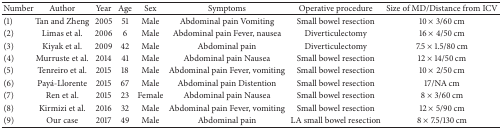
<table><thead><tr><td><b>Number</b></td><td><b>Author</b></td><td><b>Year</b></td><td><b>Age</b></td><td><b>Sex</b></td><td><b> Symptoms </b></td><td><b>Operative procedure</b></td><td><b>Size of MD/Distance from ICV</b></td></tr></thead><tbody><tr><td>(1)</td><td>Tan and Zheng</td><td>2005</td><td>51</td><td>Male</td><td>Abdominal pain Vomiting</td><td>Small bowel resection</td><td>10 × 3/60 cm</td></tr><tr><td>(2)</td><td> Limas et al.</td><td>2006</td><td>6</td><td>Male</td><td>Abdominal pain Fever, nausea</td><td>Diverticulectomy</td><td>16 × 4/50 cm</td></tr><tr><td>(3)</td><td> Kiyak et al.</td><td>2009</td><td>42</td><td>Male</td><td>Abdominal pain</td><td>Diverticulectomy</td><td>7.5 × 1.5/80 cm</td></tr><tr><td>(4)</td><td>Murruste et al.</td><td>2014</td><td>41</td><td>Male</td><td>Abdominal pain Nausea</td><td>Small bowel resection</td><td>12 × 14/50 cm</td></tr><tr><td>(5)</td><td>Tenreiro et al.</td><td>2015</td><td>18</td><td>Male</td><td>Abdominal pain Fever, vomiting</td><td>Small bowel resection</td><td>10 × 2/50 cm</td></tr><tr><td>(6)</td><td>Payá-Llorente</td><td>2015</td><td>67</td><td>Male</td><td>Abdominal pain Distention</td><td>Small bowel resection</td><td>17/NA cm</td></tr><tr><td>(7)</td><td>Ren et al.</td><td>2015</td><td>23</td><td>Female</td><td>Abdominal pain Nausea</td><td>Small bowel resection</td><td>8 × 3/60 cm</td></tr><tr><td>(8)</td><td>Kirmizi et al.</td><td>2016</td><td>32</td><td>Male</td><td>Abdominal pain Fever, vomiting</td><td>Small bowel resection</td><td>12 × 5/90 cm</td></tr><tr><td>(9)</td><td>Our case</td><td>2017</td><td>49</td><td>Male</td><td>Abdominal pain</td><td>LA small bowel resection</td><td>8 × 7.5/130 cm</td></tr></tbody></table>